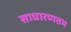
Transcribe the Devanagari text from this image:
साधारणतम